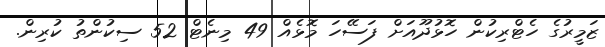
ޒަމީރުގެ ހެޓްރިކުން ހޮޅުދޫއަށް ފަސޭހަ މޮޅެއް 49 މިނެޓް 52 ސިކުންތު ކުރިން.